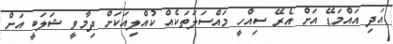
އަދި އައްމަޑޭ އަށް އެރޭ ސިއްހީ މައްސަލަތަކެއް ކުއްލިއަކަށް ދިމާވީ ޝަލަބީ އަށް